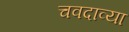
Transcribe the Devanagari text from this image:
चवदाव्या